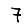
Digit: 7